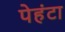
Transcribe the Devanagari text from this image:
पेहंटा